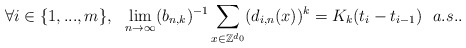
\begin{align*}\forall i\in\{1,...,m\},\ \ \lim_{n\rightarrow\infty} (b_{n,k})^{-1}\sum_{x\in\mathbb Z^{d_0}}(d_{i,n}(x))^k=K_k(t_i-t_{i-1})\ \ a.s..\end{align*}